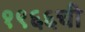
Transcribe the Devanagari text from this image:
१९६६ची